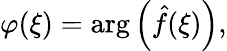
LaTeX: \varphi(\xi)=\arg\left({\hat{f}}(\xi)\right),